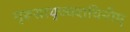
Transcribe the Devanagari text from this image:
गुरूसायुज्यदायिनीम्